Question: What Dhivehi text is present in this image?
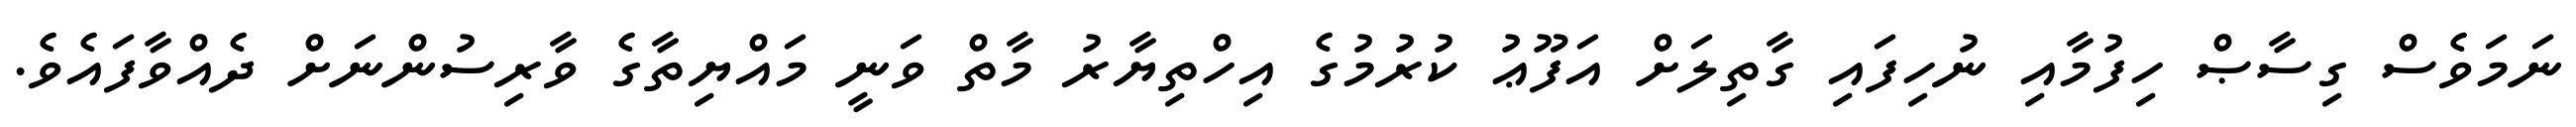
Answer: ނަމަވެސް ގިސާޞް ހިފުމާއި ނުހިފައި ގާތިލަށް އަފޫޢު ކުރުމުގެ އިހްތިޔާރު މާތް ވަނީ މައްޔިތާގެ ވާރިސުންނަށް ދެއްވާފައެވެ.